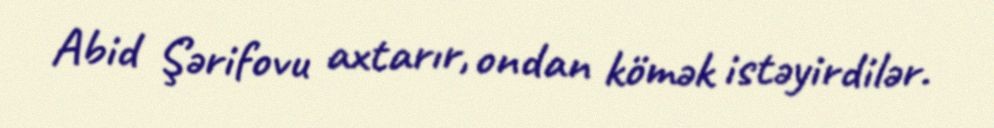
Abid Şərifovu axtarır, ondan kömək istəyirdilər.